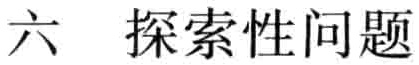
六 探索性问题